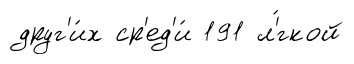
друг'и́х ср'ед'и́ 191 л'́гкой